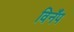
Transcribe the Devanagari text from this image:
विनँप